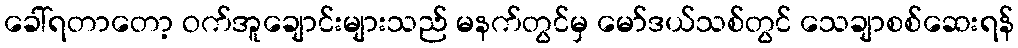
ခေါ်ရတာတော့ ဝက်အူချောင်းများသည် မနက်တွင်မှ မော်ဒယ်သစ်တွင် သေချာစစ်ဆေးရန်